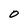
Character: 0